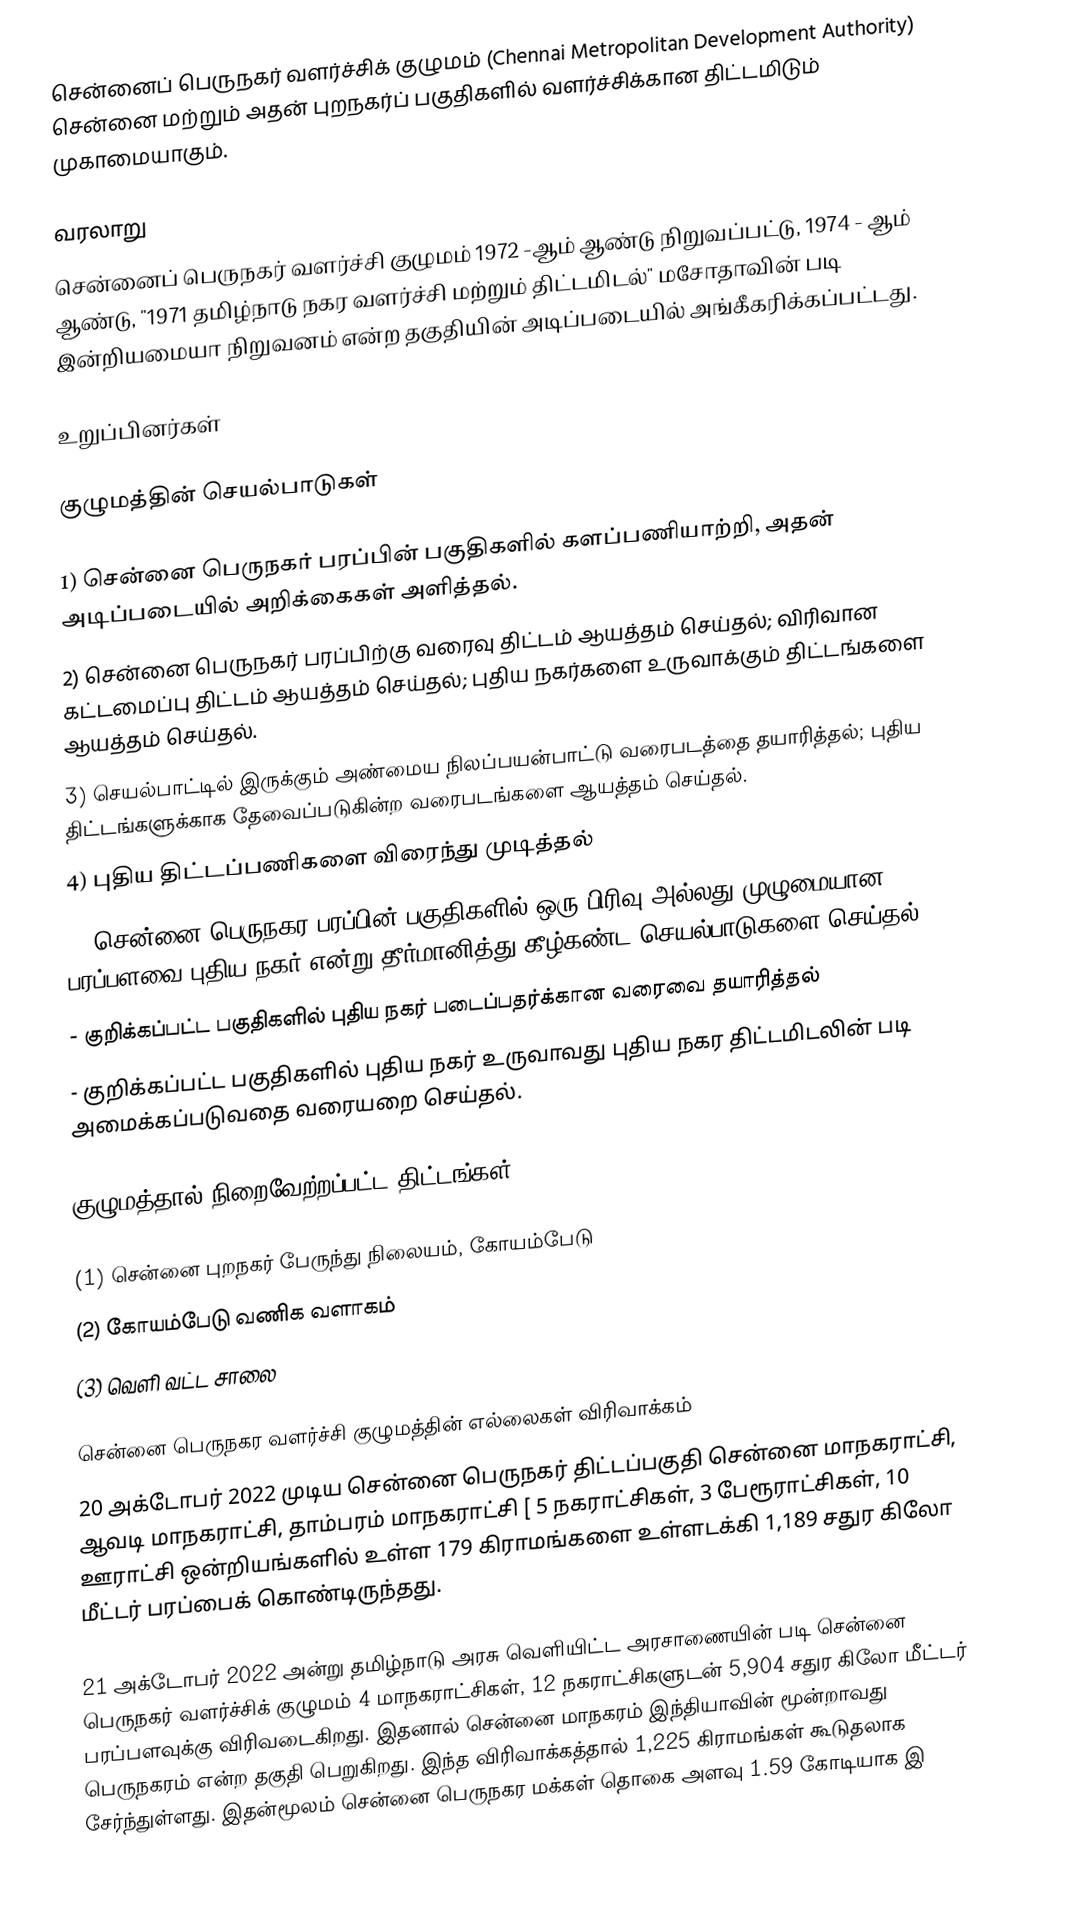
சென்னைப் பெருநகர் வளர்ச்சிக் குழுமம் (Chennai Metropolitan Development Authority) சென்னை மற்றும் அதன் புறநகர்ப் பகுதிகளில் வளர்ச்சிக்கான திட்டமிடும் முகாமையாகும்.

வரலாறு
சென்னைப் பெருநகர் வளர்ச்சி குழுமம் 1972 -ஆம் ஆண்டு நிறுவப்பட்டு, 1974 - ஆம் ஆண்டு, "1971 தமிழ்நாடு நகர வளர்ச்சி மற்றும் திட்டமிடல்" மசோதாவின் படி இன்றியமையா நிறுவனம் என்ற தகுதியின் அடிப்படையில் அங்கீகரிக்கப்பட்டது.

உறுப்பினர்கள்

குழுமத்தின் செயல்பாடுகள்

 1) சென்னை பெருநகர் பரப்பின் பகுதிகளில் களப்பணியாற்றி, அதன் அடிப்படையில் அறிக்கைகள் அளித்தல்.
 2) சென்னை பெருநகர் பரப்பிற்கு வரைவு திட்டம் ஆயத்தம் செய்தல்; விரிவான கட்டமைப்பு திட்டம் ஆயத்தம் செய்தல்; புதிய நகர்களை உருவாக்கும் திட்டங்களை ஆயத்தம் செய்தல்.
 3) செயல்பாட்டில் இருக்கும் அண்மைய நிலப்பயன்பாட்டு வரைபடத்தை தயாரித்தல்; புதிய திட்டங்களுக்காக தேவைப்படுகின்ற வரைபடங்களை ஆயத்தம் செய்தல்.
 4) புதிய திட்டப்பணிகளை விரைந்து முடித்தல்
 5) சென்னை பெருநகர பரப்பின் பகுதிகளில் ஒரு பிரிவு அல்லது முழுமையான பரப்பளவை புதிய நகர் என்று தீர்மானித்து கீழ்கண்ட செயல்பாடுகளை செய்தல்.
 - குறிக்கப்பட்ட பகுதிகளில் புதிய நகர் படைப்பதர்க்கான வரைவை தயாரித்தல்
 - குறிக்கப்பட்ட பகுதிகளில் புதிய நகர் உருவாவது புதிய நகர திட்டமிடலின் படி அமைக்கப்படுவதை வரையறை செய்தல்.

குழுமத்தால் நிறைவேற்றப்பட்ட திட்டங்கள்

 (1) சென்னை புறநகர் பேருந்து நிலையம், கோயம்பேடு
 (2) கோயம்பேடு வணிக வளாகம்
 (3) வெளி வட்ட சாலை

சென்னை பெருநகர வளர்ச்சி குழுமத்தின் எல்லைகள் விரிவாக்கம்
20 அக்டோபர் 2022 முடிய சென்னை பெருநகர் திட்டப்பகுதி சென்னை மாநகராட்சி,  ஆவடி மாநகராட்சி, தாம்பரம் மாநகராட்சி [ 5 நகராட்சிகள், 3 பேரூராட்சிகள், 10 ஊராட்சி ஒன்றியங்களில் உள்ள 179 கிராமங்களை உள்ளடக்கி 1,189 சதுர கிலோ மீட்டர் பரப்பைக் கொண்டிருந்தது.

21 அக்டோபர் 2022 அன்று தமிழ்நாடு அரசு வெளியிட்ட அரசாணையின் படி சென்னை பெருநகர் வளர்ச்சிக் குழுமம் 4 மாநகராட்சிகள், 12 நகராட்சிகளுடன் 5,904 சதுர கிலோ மீட்டர் பரப்பளவுக்கு விரிவடைகிறது. இதனால் சென்னை மாநகரம் இந்தியாவின் மூன்றாவது பெருநகரம் என்ற தகுதி பெறுகிறது. இந்த விரிவாக்கத்தால் 1,225 கிராமங்கள் கூடுதலாக சேர்ந்துள்ளது. இதன்மூலம் சென்னை பெருநகர மக்கள் தொகை அளவு 1.59 கோடியாக இ